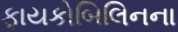
ફાયકોબિલિનના